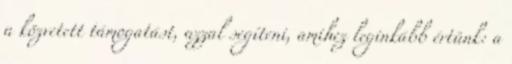
a közvetett támogatást, azzal segíteni, amihez leginkább értünk: a